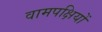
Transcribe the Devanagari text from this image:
वामपक्षियों